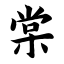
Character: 棠